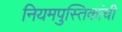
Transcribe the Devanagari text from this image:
नियमपुस्तिकांची